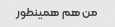
من هم همینطور